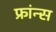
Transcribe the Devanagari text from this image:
फ्रांन्स